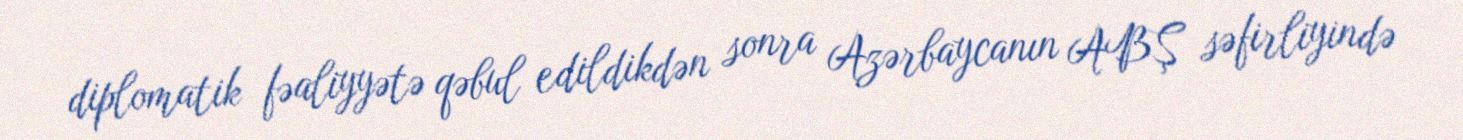
diplomatik fəaliyyətə qəbul edildikdən sonra Azərbaycanın ABŞ səfirliyində